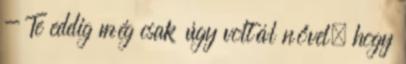
- Te eddig még csak úgy voltál nővel, hogy